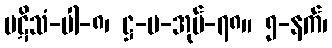
ပဋိသံ-ပါ-၈၊ ဋ္ဌ-ပ-အုပ်-၇၈။ ၅-နက်၊